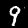
Label: 9